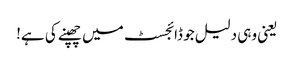
یعنی وہی دلیل جو ڈائجسٹ میں چھپنے کی ہے!